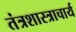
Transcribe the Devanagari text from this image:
तंत्रशास्त्राचार्य